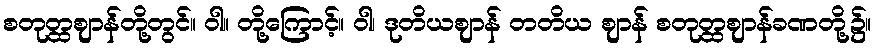
စတုတ္ထဈာန်တို့တွင်။ ဝါ။ တို့ကြောင့်။ ဝါ၊ ဒုတိယဈာန် တတိယ ဈာန် စတုတ္ထဈာန်ခဏတို့၌။